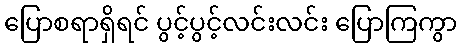
ပြောစရာရှိရင် ပွင့်ပွင့်လင်းလင်း ပြောကြကွာ